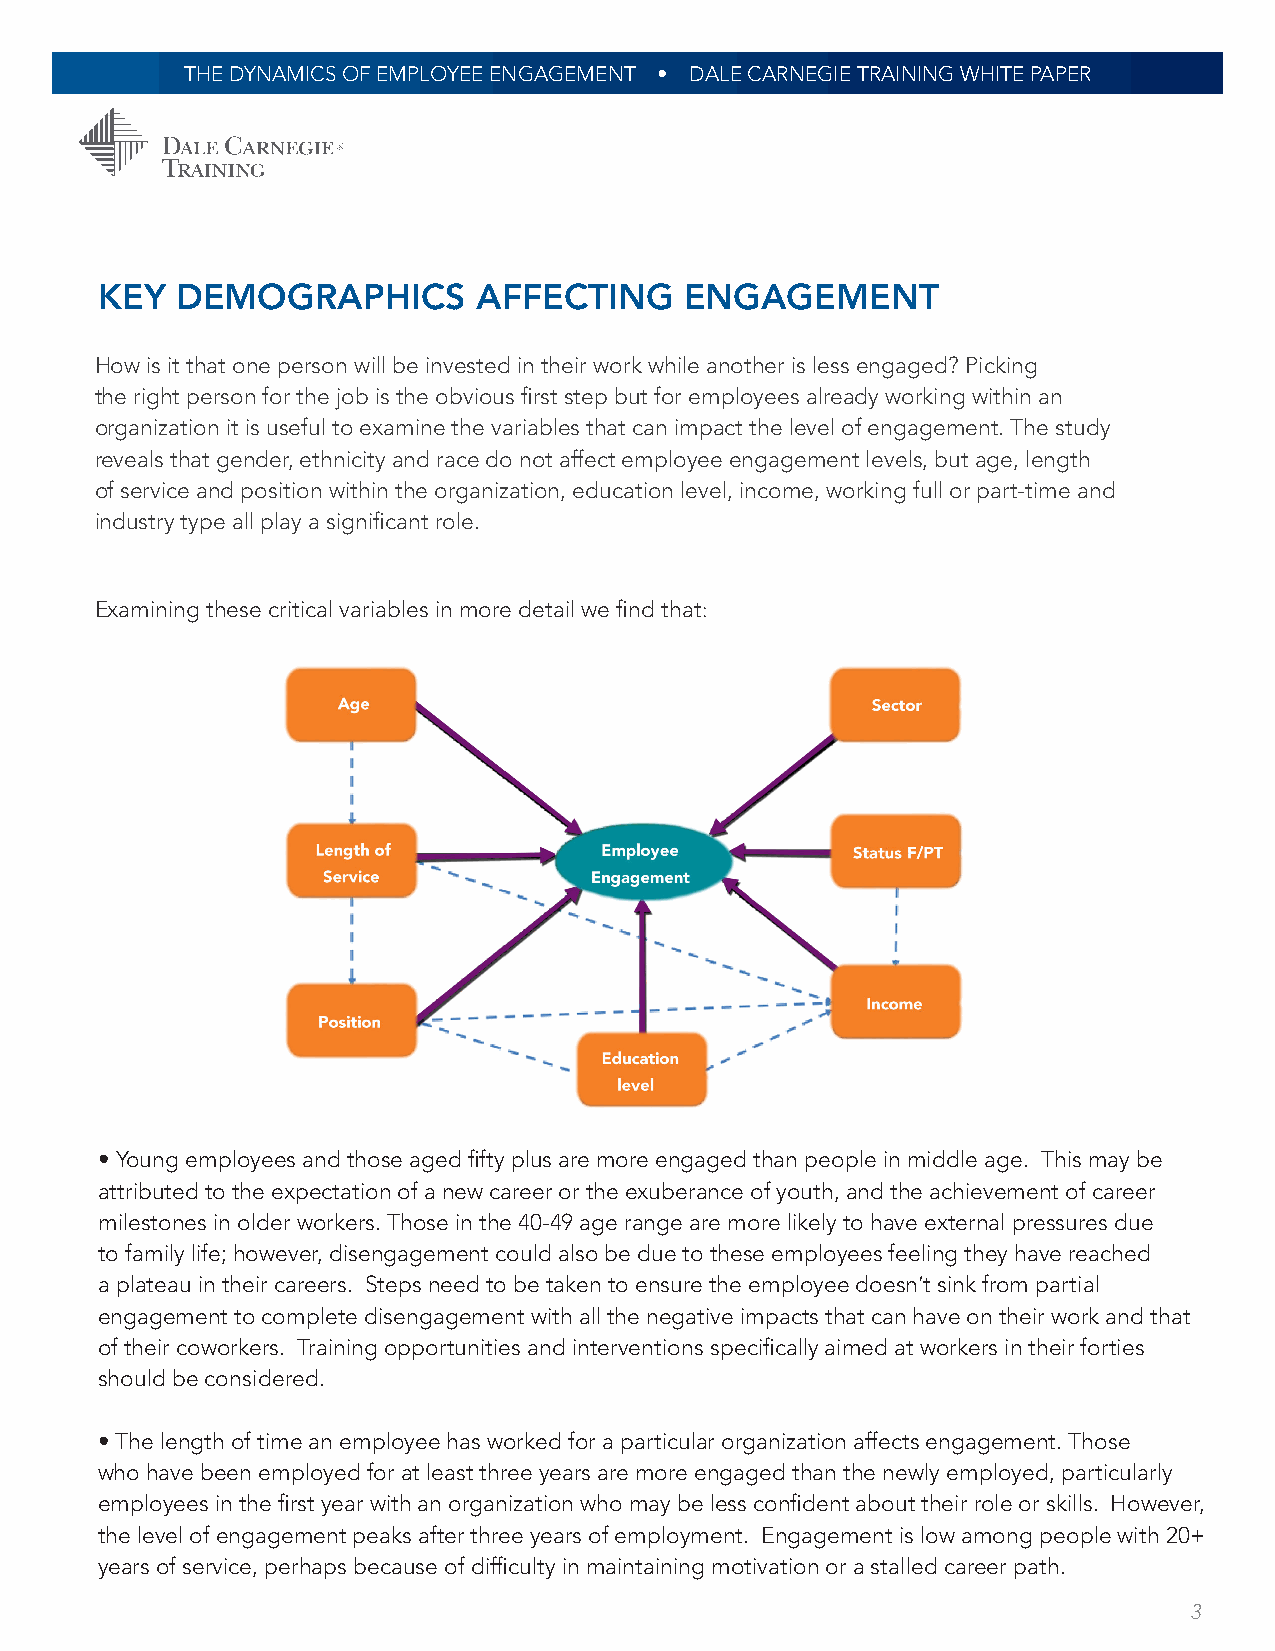
THE DYNAMICS OF EMPLOYEE ENGAGEMENT • DALE CARNEGIE TRAINING WHITE PAPER
 KEY  DEMOGRAPHICS        AFFECTING    ENGAGEMENT
 How is it that one person will be invested in their work while another is less engaged? Picking
 the right person for the job is the obvious first step but for employees already working within an
 organization it is useful to examine the variables that can impact the level of engagement. The study
 reveals that gender, ethnicity and race do not affect employee engagement levels, but age, length
 of service and position within the organization, education level, income, working full or part-time and
 industry type all play a significant role.
 Examining these critical variables in more detail we find that:
 • Young employees and those aged fifty plus are more engaged than people in middle age. This may be
 attributed to the expectation of a new career or the exuberance of youth, and the achievement of career
 milestones in older workers. Those in the 40-49 age range are more likely to have external pressures due
 to family life; however, disengagement could also be due to these employees feeling they have reached
 a plateau in their careers. Steps need to be taken to ensure the employee doesn’t sink from partial
 engagement to complete disengagement with all the negative impacts that can have on their work and that
 of their coworkers. Training opportunities and interventions specifically aimed at workers in their forties
 should be considered.
 • The length of time an employee has worked for a particular organization affects engagement. Those
 who have been employed for at least three years are more engaged than the newly employed, particularly
 employees in the first year with an organization who may be less confident about their role or skills. However,
 the level of engagement peaks after three years of employment. Engagement is low among people with 20+
 years of service, perhaps because of difficulty in maintaining motivation or a stalled career path.
 3